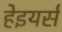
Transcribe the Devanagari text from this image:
हेइयर्स